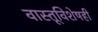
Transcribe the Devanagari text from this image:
वास्तूविशेषही